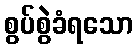
စွပ်စွဲခံရသော